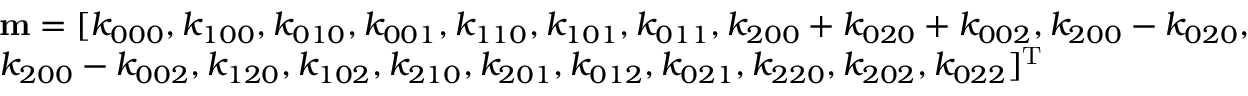
\begin{array} { l } { { \bf { m } } = [ { k _ { 0 0 0 } } , { k _ { 1 0 0 } } , { k _ { 0 1 0 } } , { k _ { 0 0 1 } } , { k _ { 1 1 0 } } , { k _ { 1 0 1 } } , { k _ { 0 1 1 } } , { k _ { 2 0 0 } } + { k _ { 0 2 0 } } + { k _ { 0 0 2 } } , { k _ { 2 0 0 } } - { k _ { 0 2 0 } } , } \\ { { k _ { 2 0 0 } } - { k _ { 0 0 2 } } , { k _ { 1 2 0 } } , { k _ { 1 0 2 } } , { k _ { 2 1 0 } } , { k _ { 2 0 1 } } , { k _ { 0 1 2 } } , { k _ { 0 2 1 } } , { k _ { 2 2 0 } } , { k _ { 2 0 2 } } , { k _ { 0 2 2 } } { ] ^ { \mathrm { { T } } } } } \end{array}